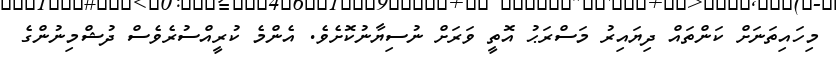
މިހައިތަނަށް ކަންތައް ދިޔައިރު މަސްރަޙު އޮތީ ވަރަށް ނުސިޔާނުކޮށެވެ. އެންމެ ކުރީއްސުރެވެސް ދުޝްމިނުންގެ